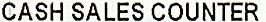
CASH SALES COUNTER